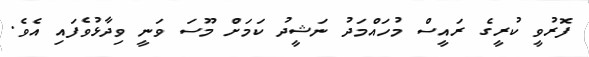
ފޮރުވީ ކުރީގެ ރައީސް މުހައްމަދު ނަޝީދު ކަމަށް މޫސަ ވަނީ ވިދާޅުވެފައި އެވެ.